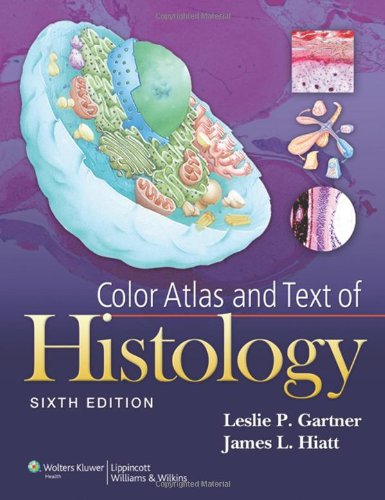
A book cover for Color Atlas and Text of Histology; Leslie P. Gartner PhD; Medical Books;